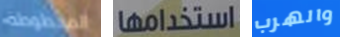
المخطوطة استخدامها والهرب